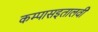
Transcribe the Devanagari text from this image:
कम्पासइतालवी